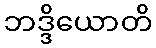
ဘဒ္ဒိယောတိ